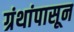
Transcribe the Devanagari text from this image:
ग्रंथांपासून